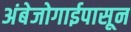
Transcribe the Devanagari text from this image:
अंबेजोगाईपासून